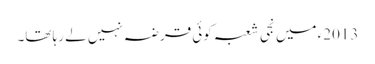
2013ء میں نجی شعبہ کوئی قرضہ نہیں لے رہا تھا۔